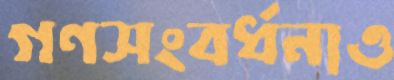
গণসংবর্ধনাও